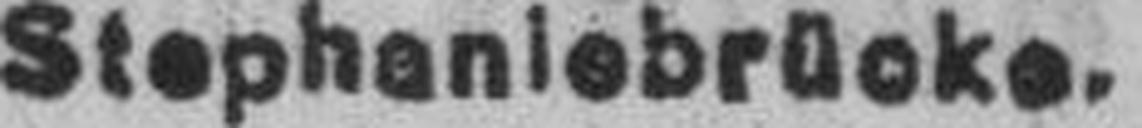
Stephaniebrücke.